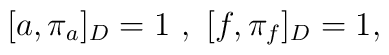
[a , \pi_{a}]_{D} = 1~,  ~[f, \pi_{f}]_{D} = 1,